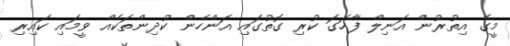
މީގެ އިތުރުން އަނިލް ފާހަގަ ކުރި ގޮތުގައި އަންހެން ކުދިންތަކެއް ވީމައި ކައިރި